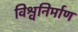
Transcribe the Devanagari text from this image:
विश्वनिर्माण